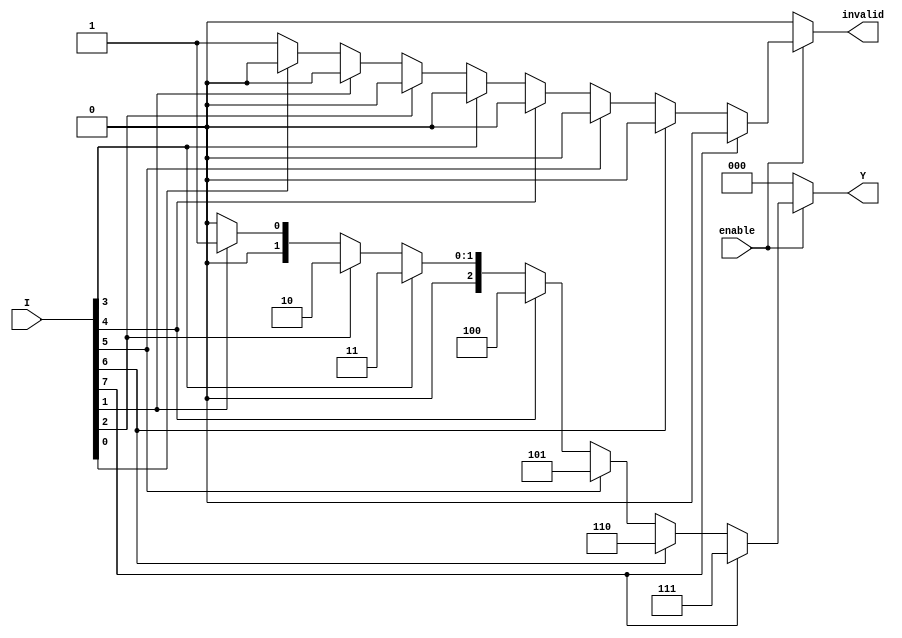
module octal_to_binary_encoder (
    input wire [7:0] I,      // Octal inputs (I0 to I7)
    input wire enable,       // Enable signal
    output reg [2:0] Y,      // Binary output (Y2, Y1, Y0)
    output reg invalid       // Invalid input indicator
);

    always @(*) begin
        if (!enable) begin
            Y = 3'b000;       // If not enabled, output is 000
            invalid = 1'b0;   // No invalid condition
        end else begin
            case (1'b1)       // Check for the highest active input
                I[7]: begin Y = 3'b111; invalid = 1'b0; end
                I[6]: begin Y = 3'b110; invalid = 1'b0; end
                I[5]: begin Y = 3'b101; invalid = 1'b0; end
                I[4]: begin Y = 3'b100; invalid = 1'b0; end
                I[3]: begin Y = 3'b011; invalid = 1'b0; end
                I[2]: begin Y = 3'b010; invalid = 1'b0; end
                I[1]: begin Y = 3'b001; invalid = 1'b0; end
                I[0]: begin Y = 3'b000; invalid = 1'b0; end
                default: begin
                    Y = 3'b000;   // Default output
                    invalid = 1'b1; // Indicate invalid input condition
                end
            endcase
        end
    end

endmodule